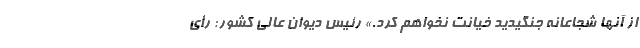
از آنها شجاعانه جنگیدید خیانت نخواهم کرد.» رئیس دیوان عالی کشور: رأی